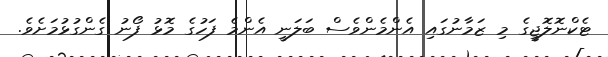
ޓެކްނޮލޮޖީގެ މި ޒަމާނުގައި އެންމެންވެސް ބަލަނީ އެންމެ ފަހުގެ މޮޅު ފޯނު ގެންގުޅުމަށެވެ.